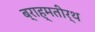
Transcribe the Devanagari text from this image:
ब्राह्मतीर्थ